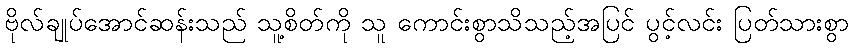
ဗိုလ်ချုပ်အောင်ဆန်းသည် သူ့စိတ်ကို သူ ကောင်းစွာသိသည့်အပြင် ပွင့်လင်း ပြတ်သားစွာ